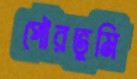
পৌরভূমি